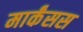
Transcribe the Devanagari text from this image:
मार्कंसस